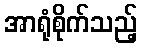
အာရုံစိုက်သည့်